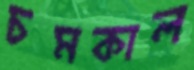
চমকাল